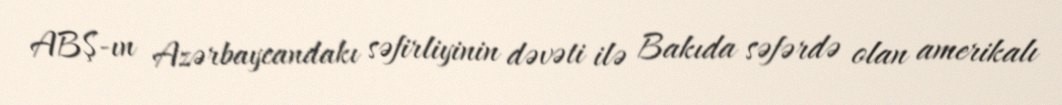
ABŞ-ın Azərbaycandakı səfirliyinin dəvəti ilə Bakıda səfərdə olan amerikalı